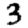
Digit: 3